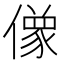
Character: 𰂸